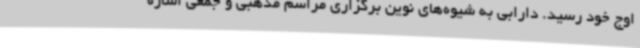
اوج خود رسید. دارابی به شیوه‌های نوین برگزاری مراسم مذهبی و جمعی اشاره